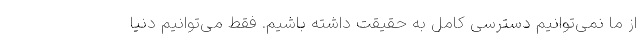
از ما نمی‌توانیم دسترسی کامل به حقیقت داشته باشیم. فقط می‌توانیم دنیا